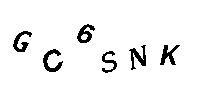
GC6SNK